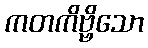
ကတကိဗ္ဗိသော